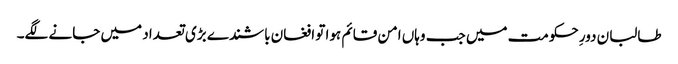
طالبان دورِ حکومت میں جب وہاں امن قائم ہوا تو افغان باشندے بڑی تعداد میں جانے لگے۔